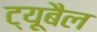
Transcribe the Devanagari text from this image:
ट्यूबैल